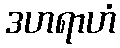
ဒဟရာဟံ